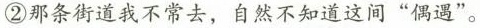
②那条街道我不常去，自然不知道这间”偶遇”。